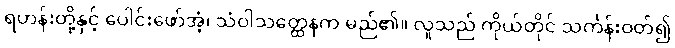
ရဟန်းတို့နှင့် ပေါင်းဖော်အံ့၊ သံဝါသတ္ထေနက မည်၏။ လူသည် ကိုယ်တိုင် သင်္ကန်းဝတ်၍